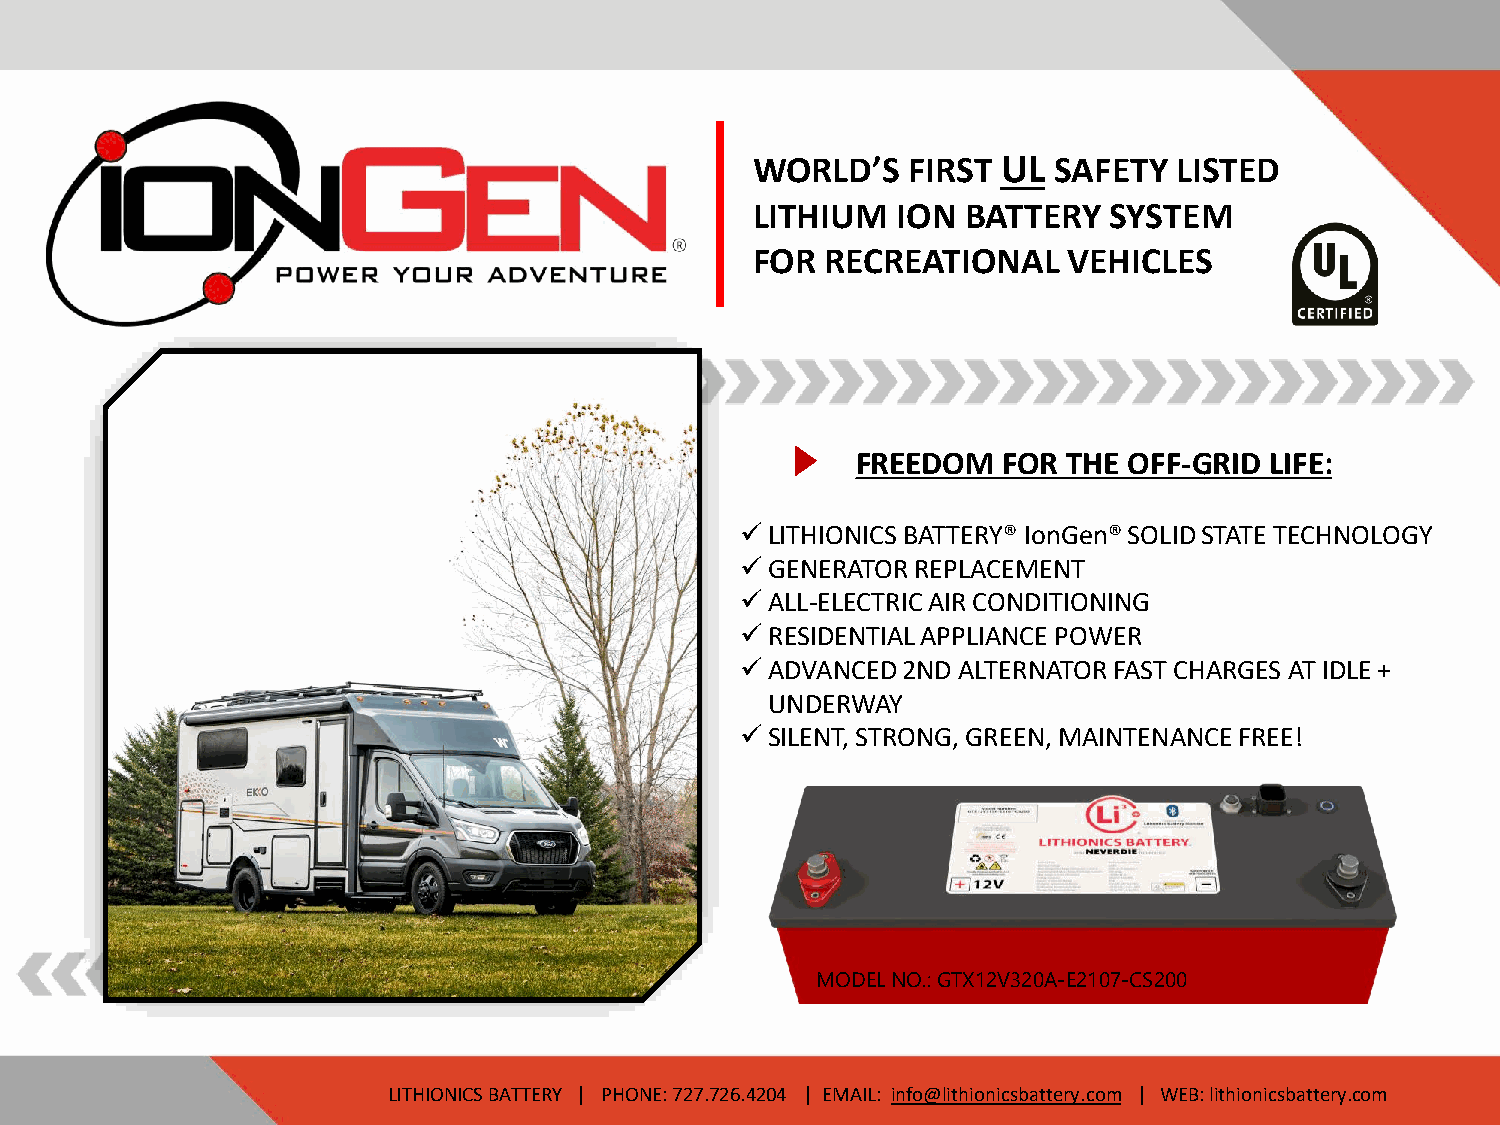
WORLD’S   FIRST UL  SAFETY  LISTED
 LITHIUM  ION  BATTERY  SYSTEM
 FOR  RECREATIONAL    VEHICLES
 FREEDOM  FOR  THE OFF-GRID LIFE:
 ✓LITHIONICS BATTERY® IonGen® SOLID STATE TECHNOLOGY
 ✓GENERATOR  REPLACEMENT
 ✓ALL-ELECTRIC AIR CONDITIONING
 ✓RESIDENTIAL APPLIANCE POWER
 ✓ADVANCED  2ND ALTERNATOR FAST CHARGES AT IDLE +
 UNDERWAY
 ✓SILENT, STRONG, GREEN, MAINTENANCE FREE!
 MODEL NO.: GTX12V320A-E2107-CS200
 LITHIONICS BATTERY | PHONE: 727.726.4204 | EMAIL: info@lithionicsbattery.com | WEB: lithionicsbattery.com